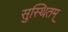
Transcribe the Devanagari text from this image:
सुस्थितम्